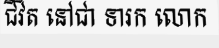
ជីវិត នៅជា ទារក លោក